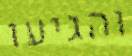
והגיעו